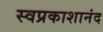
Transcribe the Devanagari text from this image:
स्वप्रकाशानंद